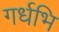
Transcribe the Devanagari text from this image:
गर्धभि